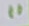
Text: 11